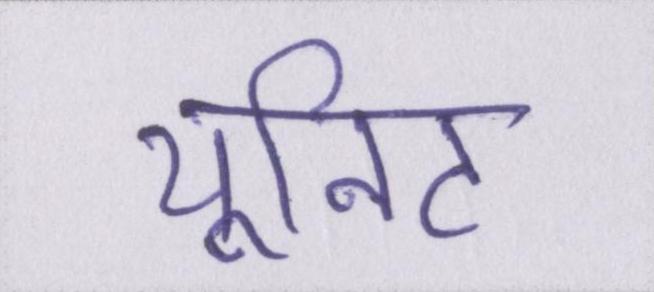
यूनिट